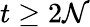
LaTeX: t\geq2\mathcal{N}